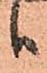
ハ